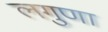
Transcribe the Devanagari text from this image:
लगुणा